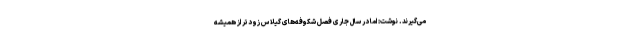
می‌گیرند. نوشت: اما در سال جاری فصل شکوفه‌های گیلاس زودتر از همیشه